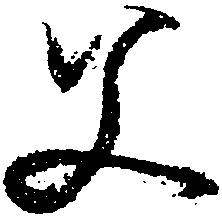
父